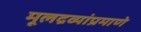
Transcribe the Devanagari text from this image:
मूलद्रव्यांप्रमाणे